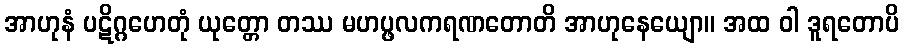
အာဟုနံ ပဋိဂ္ဂဟေတုံ ယုတ္တော တဿ မဟပ္ဖလကရဏတောတိ အာဟုနေယျော။ အထ ဝါ ဒူရတောပိ